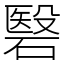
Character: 䃜